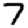
Digit: 7